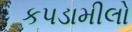
કપડામીલો